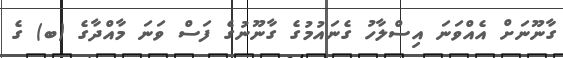
ގާނޫނަށް އެއްވަނަ އިސްލާހު ގެނައުމުގެ ގާނޫނުގެ ފަސް ވަނަ މާއްދާގެ (ބ) ގެ